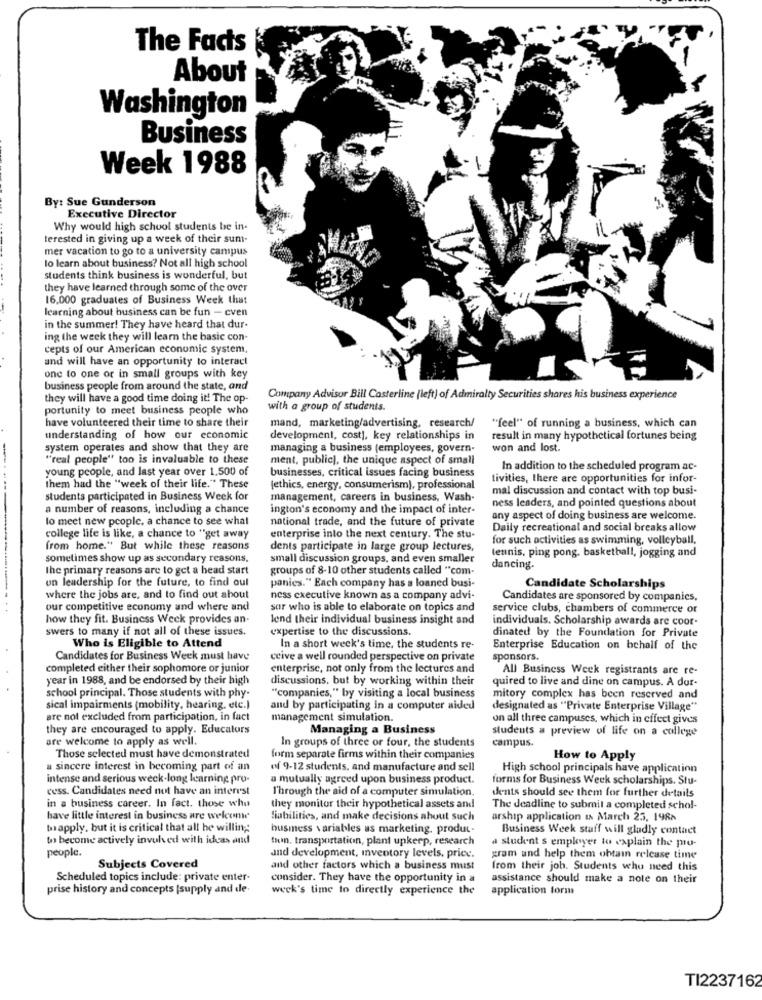
The Facts
About
Washington
Business
Week 1988
By: Sue Gunderson
Executive Director
Why would high school students be in-
terested in giving up a week of their sum-
mer vacation to go to a university campus
lo learn about business? Not all high school
students think business is wonderful, but
they have learned through some of the over
16.000 graduates of Business Week that
learning about business can be fun - even
in the summer! They have heard that dur-
ing the week they will learn the basic con-
cepts of our American economic system,
and will have an opportunity to interact
one to one or in small groups with key
business people from around the state, and
they will have a good time doing it! The op
Company Advisor Bill Casterline (left) of Admiralty Securities shares his business experience
portunity to meet business people who
with a group of students.
have volunteered their time to share their
mand, marketing/advertising, research/
""feel" of running a business, which can
understanding of how our economic
development, cost), key relationships in
result in many hypothetical fortunes being
system operates and show that they are
managing a business (employees, govern-
won and lost.
"real people" too is invaluable to these
ment, public), the unique aspect of small
young people, and last year over 1.500 of
businesses, critical issues facing business
In addition to the scheduled program ac-
tivities, there are opportunities for infor-
them had the "week of their life." These
(ethics, energy, consumerism), professional
mal discussion and contact with top busi-
students participated in Business Week for
management, careers in business, Wash.
a number of reasons, including a chance
ington's economy and the impact of inter-
ness leaders, and pointed questions about
lo meet new people, a chance to see what
national trade, and the future of private
any aspect of doing business are welcome.
Daily recreational and social breaks allow
college life is like, a chance to "get away
enterprise into the next century. The stu-
for such activities as swimming, volleyball,
from home." But while these reasons
dents participate in large group lectures,
tennis, ping pong, basketball, jogging and
sometimes show up as secondary reasons.
small discussion groups, and even smaller
the primary reasons are to get a head start
groups of 8-10 other students called "com-
dancing.
on leadership for the future, to find oul
panies." Each company has a loaned busi-
Candidate Scholarships
where the jobs are, and to find out about
ness executive known as a company advi-
Candidates are sponsored by companies,
our competitive economy and where and
sor who is able to elaborate on topics and
service clubs, chambers of commerce or
how they fit. Business Week provides an.
lend their individual business insight and
individuals. Scholarship awards are coor-
swers to many if not all of these issues.
expertise to the discussions.
dinated by the Foundation for Private
Who is Eligible to Attend
In a short week's time, the students re-
Enterprise Education on behalf of the
Candidates for Business Week must have
ceive a well rounded perspective on private
sponsors.
completed either their sophomore or junior
enterprise, not only from the lectures and
All Business Week registrants are re-
year in 1988, and be endorsed by their high
discussions, but by working within their
quired to live and dine on campus. A dur-
school principal. Those students with phy-
"companies," by visiting a local business
mitory complex has been reserved and
sical impairments (mobility, hearing, etc.)
and by participating in a computer aided
designated as "Private Enterprise Village"
are not excluded from participation, in fact
management simulation.
on all three campuses, which in effect gives
they are encouraged to apply. Educators
Managing a Business
students a preview of life on a college
are welcome to apply as well.
In groups of three or four, the students
campus.
Those selected must have demonstrated
form separate firms within their companies
How to Apply
a sincere interest in becoming part of an
of 9-12 students, and manufacture and sell
High school principals have application
intense and serious week-long learning pro-
a mutually agreed upon business product.
forms for Business Week scholarships. Stu-
cess. Candidates need not have an interest
Through the aid of a computer simulation.
dents should see them for further details
in a business career. In fact. those who
they monitor their hypothetical assets and
The deadline to submit a completed schol-
have little interest in business are welcen
liabilities, and make decisions about such
arship application th March 23, 1988
bapply, but it is critical that all be willing
husmess variables as marketing, produt.
Business Week staff will gladly contact
to become actively involved with ideas and
tun, transportation, plant upkeep, research
a student s employer to explain the po-
people.
and development, iventory levels, price.
gram and help them obtain release time
Subjects Covered
and other factors which a business must
from their joh. Students who need this
Scheduled topics include: private enter-
consider. They have the opportunity in a
assistance should make a note on their
prise history and concepts [supply and de
week's time to directly experience the
application form
TI2237162